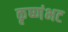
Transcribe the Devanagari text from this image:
कृष्णंभट